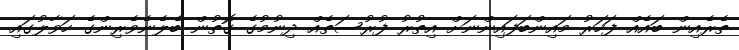
ތެރެއިން ބައެއް ފަހަރު މައިންބަފައިންނަށް އިތުރު ފުރުސަތެއް ދިނުމުގެ ގޮތުން ބެލެނެވެރިންގެ ހަވާލުގައި